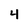
Character: 4